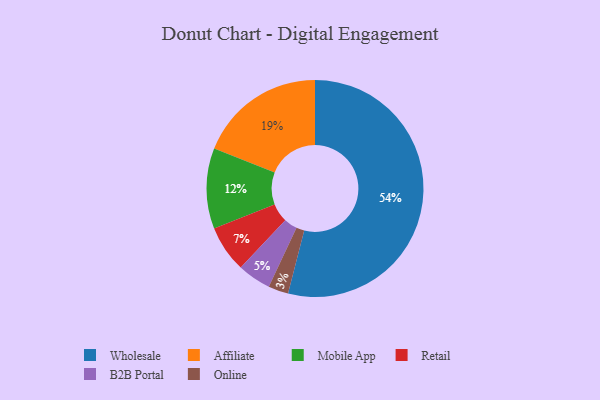
{"axis": {"x": "Category", "y": "Percentage"}, "legend": ["Affiliate", "B2B Portal", "Mobile App", "Online", "Retail", "Wholesale"], "data": [{"x": "Wholesale", "y": 54, "type": "Wholesale"}, {"x": "Retail", "y": 7, "type": "Retail"}, {"x": "Affiliate", "y": 19, "type": "Affiliate"}, {"x": "Mobile App", "y": 12, "type": "Mobile App"}, {"x": "B2B Portal", "y": 5, "type": "B2B Portal"}, {"x": "Online", "y": 3, "type": "Online"}]}